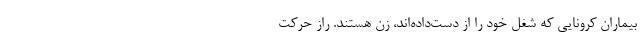
بیماران کرونایی که شغل خود را از دست‌داده‌اند، زن هستند. راز حرکت